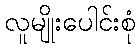
လူမျိုးပေါင်းစုံ